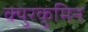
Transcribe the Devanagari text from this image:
क्युरकुमिन